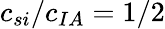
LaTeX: c_{si}/c_{IA}=1/2